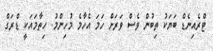
ޓްރެއިނެޑް ބަޔަކު ތިބުން ވެސް ވަރަށް ހަމަ އެހާމެ މުހިންމު. ހިތާމައަކީ ޑްރަގް